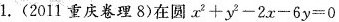
1.(2011重庆卷理8)在圆$$x ^ {2} + y ^ {2} - 2 x - 6 y = 0$$